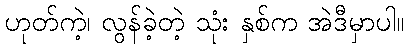
ဟုတ်ကဲ့၊ လွန်ခဲ့တဲ့ သုံး နှစ်က အဲဒီမှာပါ။